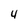
Character: 4